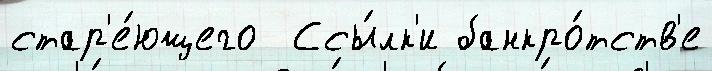
стар'е́ющего  Ссы́лк'и банкро́тств'е